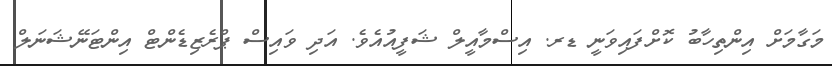
މަގާމަށް އިންތިހާބު ކޮށްފައިވަނީ ޑރ. އިސްމާއީލް ޝަފީއުއެވެ. އަދި ވައިސް ޕްރެޒިޑެންޓް އިންޓަނޭޝަނަލް